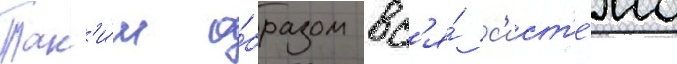
Так'и́м о́бразом вс'я́ с'ист'е́ма